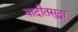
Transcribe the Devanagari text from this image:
यादीतसुद्धा